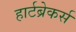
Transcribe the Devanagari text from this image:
हार्टब्रेकर्स